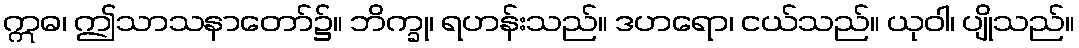
ဣဓ၊ ဤသာသနာတော်၌။ ဘိက္ခု၊ ရဟန်းသည်။ ဒဟရော၊ ငယ်သည်။ ယုဝါ၊ ပျိုသည်။